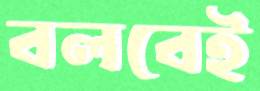
বলবেই